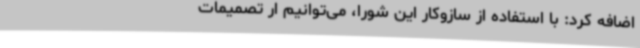
اضافه کرد: با استفاده از سازوکار این شورا، می‌توانیم ار تصمیمات ‌